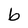
Character: b